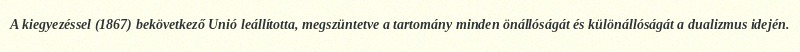
A kiegyezéssel (1867) bekövetkező Unió leállította, megszüntetve a tartomány minden önállóságát és különállóságát a dualizmus idején.